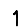
Digit: 1